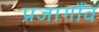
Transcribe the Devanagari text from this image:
प्रजागाँव